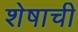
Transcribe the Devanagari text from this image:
शेषाची